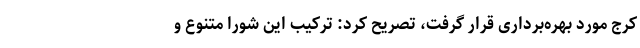
کرج مورد بهره‌برداری قرار گرفت، تصریح کرد: ترکیب این شورا متنوع و